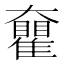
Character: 𡚝